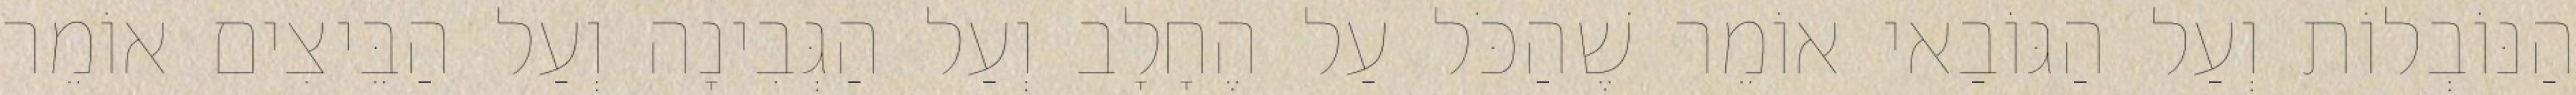
הַנּוֹבְלוֹת וְעַל הַגּוֹבַאי אוֹמֵר שֶׁהַכֹּל עַל הֶחָלָב וְעַל הַגְּבִינָה וְעַל הַבֵּיצִים אוֹמֵר